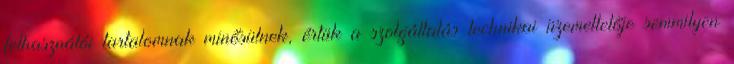
felhasználói tartalomnak minősülnek, értük a szolgáltatás technikai üzemeltetője semmilyen